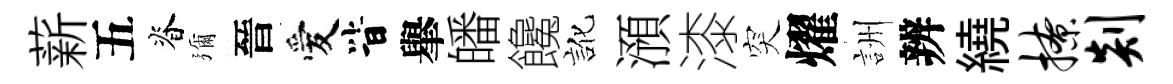
薪五脊彌晉愛𣅜𦦙皤饞訛澦漆突燿詶辨繞撩剡